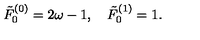
\tilde { F } _ { 0 } ^ { ( 0 ) } = 2 \omega - 1 , \quad \tilde { F } _ { 0 } ^ { ( 1 ) } = 1 .